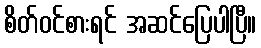
စိတ်ဝင်စားရင် အဆင်ပြေပါပြီ။